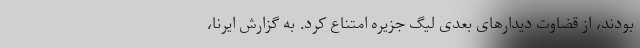
بودند، از قضاوت دیدارهای بعدی لیگ جزیره امتناع کرد. به گزارش ایرنا،